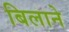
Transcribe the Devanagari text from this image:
बिलाने